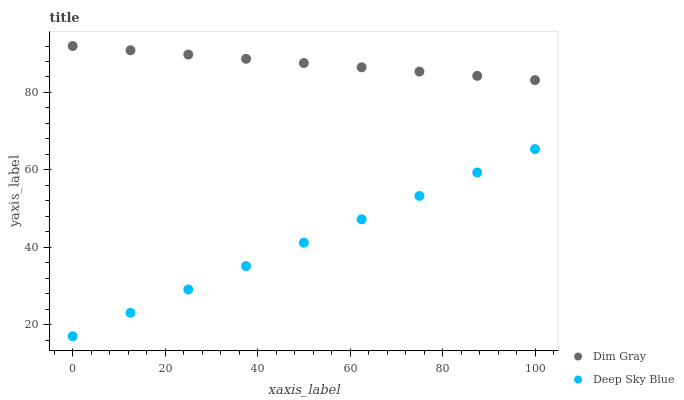
| xaxis_label | Dim Gray | Deep Sky Blue |
 | --- | --- | --- |
 | 0 | 92 | 17 |
 | 12.5 | 90.9 | 23 |
 | 25 | 89.8 | 29.1 |
 | 37.5 | 88.7 | 35.1 |
 | 50 | 87.6 | 41.2 |
 | 62.5 | 86.5 | 47.2 |
 | 75 | 85.4 | 53.3 |
 | 87.5 | 84.3 | 59.3 |
 | 100 | 83.2 | 65.4 |